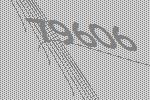
79606